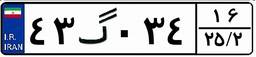
۴۳گ۰۳۴۱۶